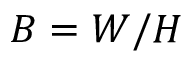
B = W / H